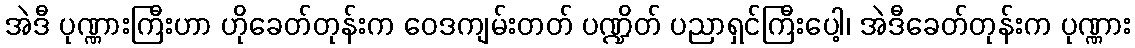
အဲဒီ ပုဏ္ဏားကြီးဟာ ဟိုခေတ်တုန်းက ဝေဒကျမ်းတတ် ပဏ္ဍိတ် ပညာရှင်ကြီးပေါ့၊ အဲဒီခေတ်တုန်းက ပုဏ္ဏား